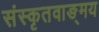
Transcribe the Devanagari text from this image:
संस्कृतवाङ्‌मय